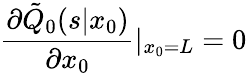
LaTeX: \frac{\partial\tilde{Q}_{0}(s|x_{0})}{\partial x_{0}}|_{x_{0}=L}=0